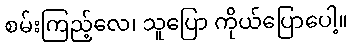
စမ်းကြည့်လေ၊ သူပြော ကိုယ်ပြောပေါ့။